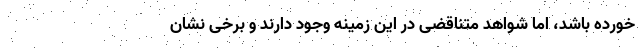
خورده باشد، اما شواهد متناقضی در این زمینه وجود دارند و برخی نشان